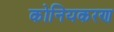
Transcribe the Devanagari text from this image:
कोनियकरण